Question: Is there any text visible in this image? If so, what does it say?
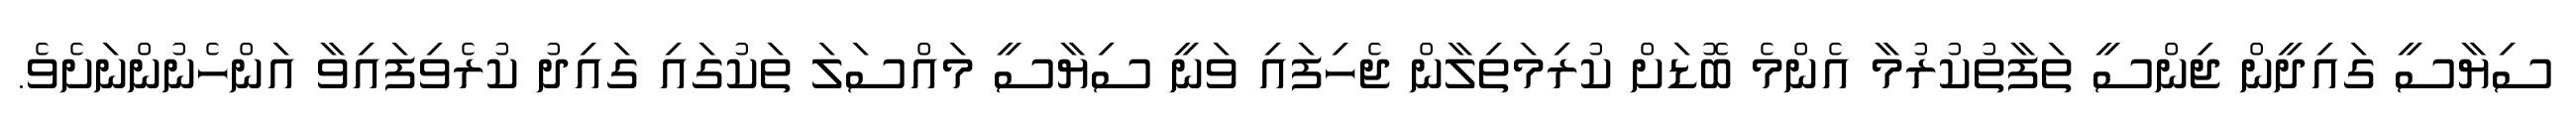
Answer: ސިޔާސީ ގައިދީން ޖިންސީ ތަފާތުކުރުމާ އެންމެ ބޮޑަށް ކުރިމަތިލާން ޖެހިފައި ވަނީ ސިޔާސީ މައްސަލަ ތަކުގައި ގައިދު ކުރެވިފައިވާ އަންހެނުންނަށެވެ.